Code of medical and sanitary regulations for the guidance of medical officers serving in the Madras Presidency - Volume I
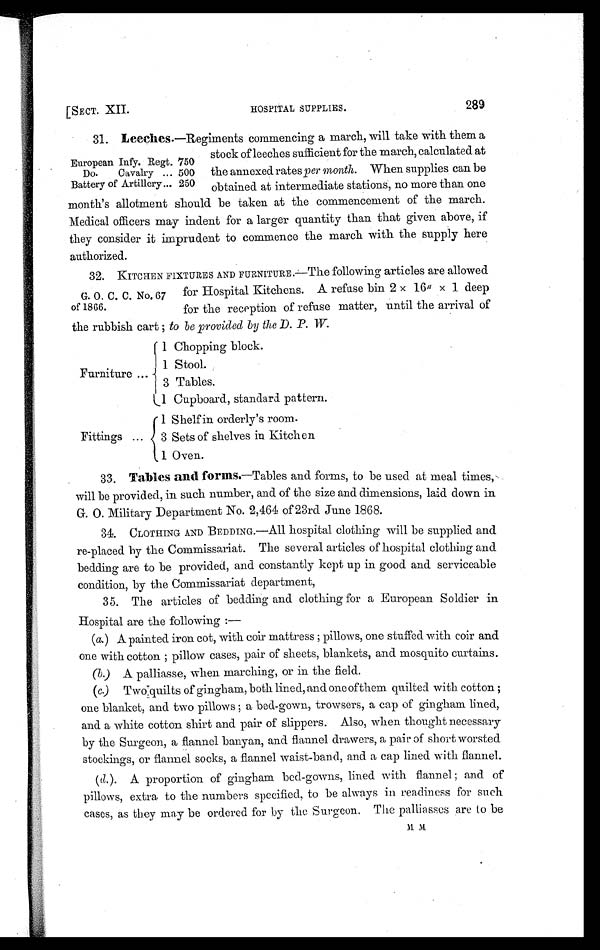
[SECT. XII.
HOSPITAL SUPPLIES.
289
European Infy. Regt. 750
Do. Cavalry ... 500
Battery of Artillery... 250
31. Leeches.—Regiments commencing a march, will take with them a
stock of leeches sufficient for the march, calculated at
the annexed rates per month. When supplies can be
obtained at intermediate stations, no more than one
month's allotment should be taken at the commencement of the march.
Medical officers may indent for a larger quantity than that given above, if
they consider it imprudent to commence the march with the supply here
authorized.
G. O. C. C. No. 67
of 1866.
32. KITCHEN FIXTURES AND FURNITURE.—The following articles are allowed
for Hospital Kitchens. A refuse bin 2 x 16" x 1 deep
for the reception of refuse matter, until the arrival of
the rubbish cart; to be provided by the D. P. W .
Furniture ...
1 Chopping block.
1 Stool.
3 Tables.
1 Cupboard, standard pattern.
Fittings ...
1 S h e l f i n o r d e r l y ' s r o o m .
3 Sets of shelves in Kitchen
1 Oven.
33. Tables and forms.— T a b l e s a n d f o r m s , t o b e u s e d a t m e a l t i m e s ,
will be provided, in such number, and of the size and dimensions, laid down in
G. O. Military Department No. 2,464 of 23rd June 1868.
34. CLOTHING AND BEDDING.—All hospital clothing will be supplied and
re-placed by the Commissariat. The several articles of hospital clothing and
bedding are to be provided, and constantly kept up in good and serviceable
condition, by the Commissariat department,
35. The articles of bedding and clothing for a European Soldier in
Hospital are the following:-
(a.)A painted iron cot, with coir mattress; pillows, one stuffed with coir and
one with cotton; pillow cases, pair of sheets, blankets, and mosquito curtains.
(b.) A palliasse, when marching, or in the field.
(c) Two quilts of gingham, both lined, and one of them quilted with cotton;
one blanket, and two pillows; a bed-gown, trowsers, a cap of gingham lined,
and a white cotton shirt and pair of slippers. Also, when thought necessary
by the Surgeon, a flannel banyan, and flannel drawers, a pair of short worsted
stockings, or flannel socks, a flannel waist-band, and a cap lined with flannel.
( d .). A proportion of gingham bed-gowns, lined with flannel; and of
pillows, extra to the numbers specified, to be always in readiness for such
cases, as they may be ordered for by the Surgeon. The palliasses are to be